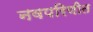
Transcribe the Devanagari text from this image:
नवपरिणीत